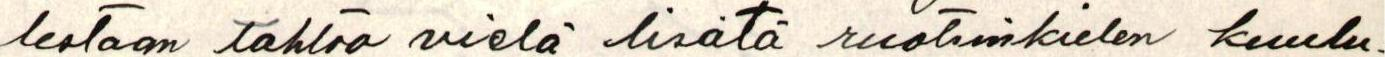
lestaan tahtoo vielä lisätä ruotsinkielen kuulu-